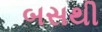
બસથી